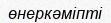
өнеркәміпті